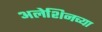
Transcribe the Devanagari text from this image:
अलेशिनच्या